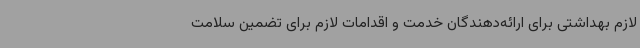
لازم بهداشتی برای ارائه‌دهندگان خدمت و اقدامات لازم برای تضمین سلامت